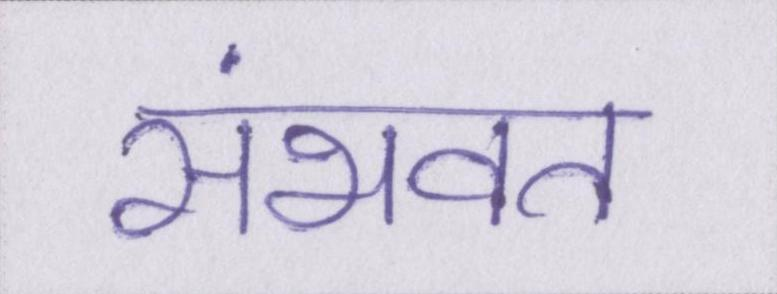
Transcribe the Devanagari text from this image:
संभवत